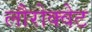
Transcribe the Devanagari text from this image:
लौरोक्वेट